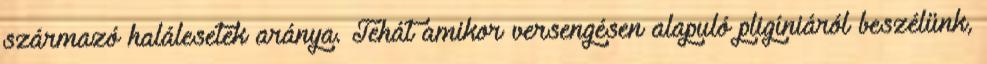
származó halálesetek aránya. Tehát amikor versengésen alapuló pligíniáról beszélünk,